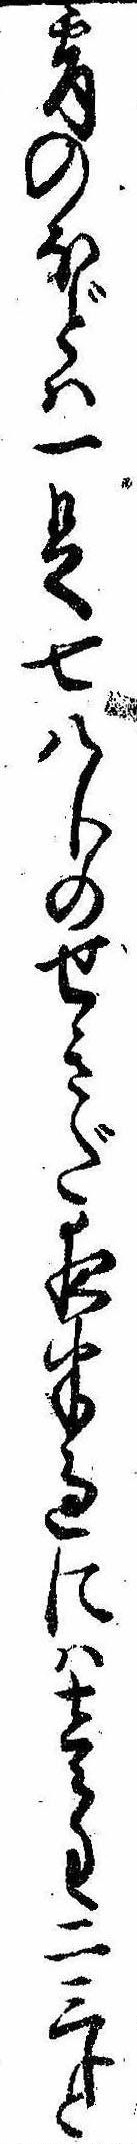
宵のほどは一足七八分のせきだ夜半過には壱匆二三分と